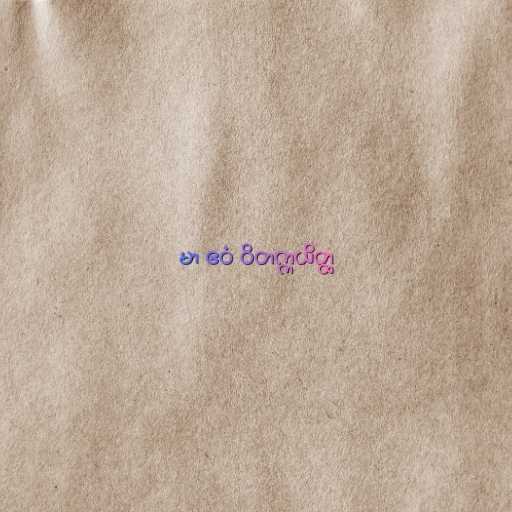
မာ ဧဝံ ဝိတက္ကယိတ္ထ